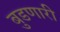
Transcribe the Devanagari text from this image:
बुडणारी